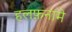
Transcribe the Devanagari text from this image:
हलफ़नामे